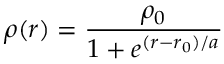
\rho ( r ) = \frac { \rho _ { 0 } } { 1 + e ^ { ( r - r _ { 0 } ) / a } }